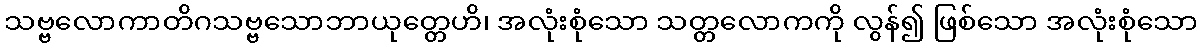
သဗ္ဗလောကာတိဂသဗ္ဗသောဘာယုတ္တေဟိ၊ အလုံးစုံသော သတ္တလောကကို လွန်၍ ဖြစ်သော အလုံးစုံသော